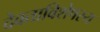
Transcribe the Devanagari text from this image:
देवताविशेषस्य